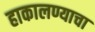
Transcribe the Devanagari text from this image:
हाकालण्याचा